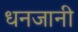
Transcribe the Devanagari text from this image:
धनजानी